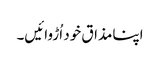
اپنامذاق خود اُڑوائیں۔